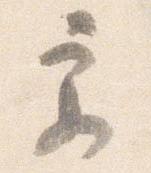
更